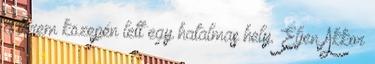
a terem közepén lett egy hatalmas hely. Éljen Akkor